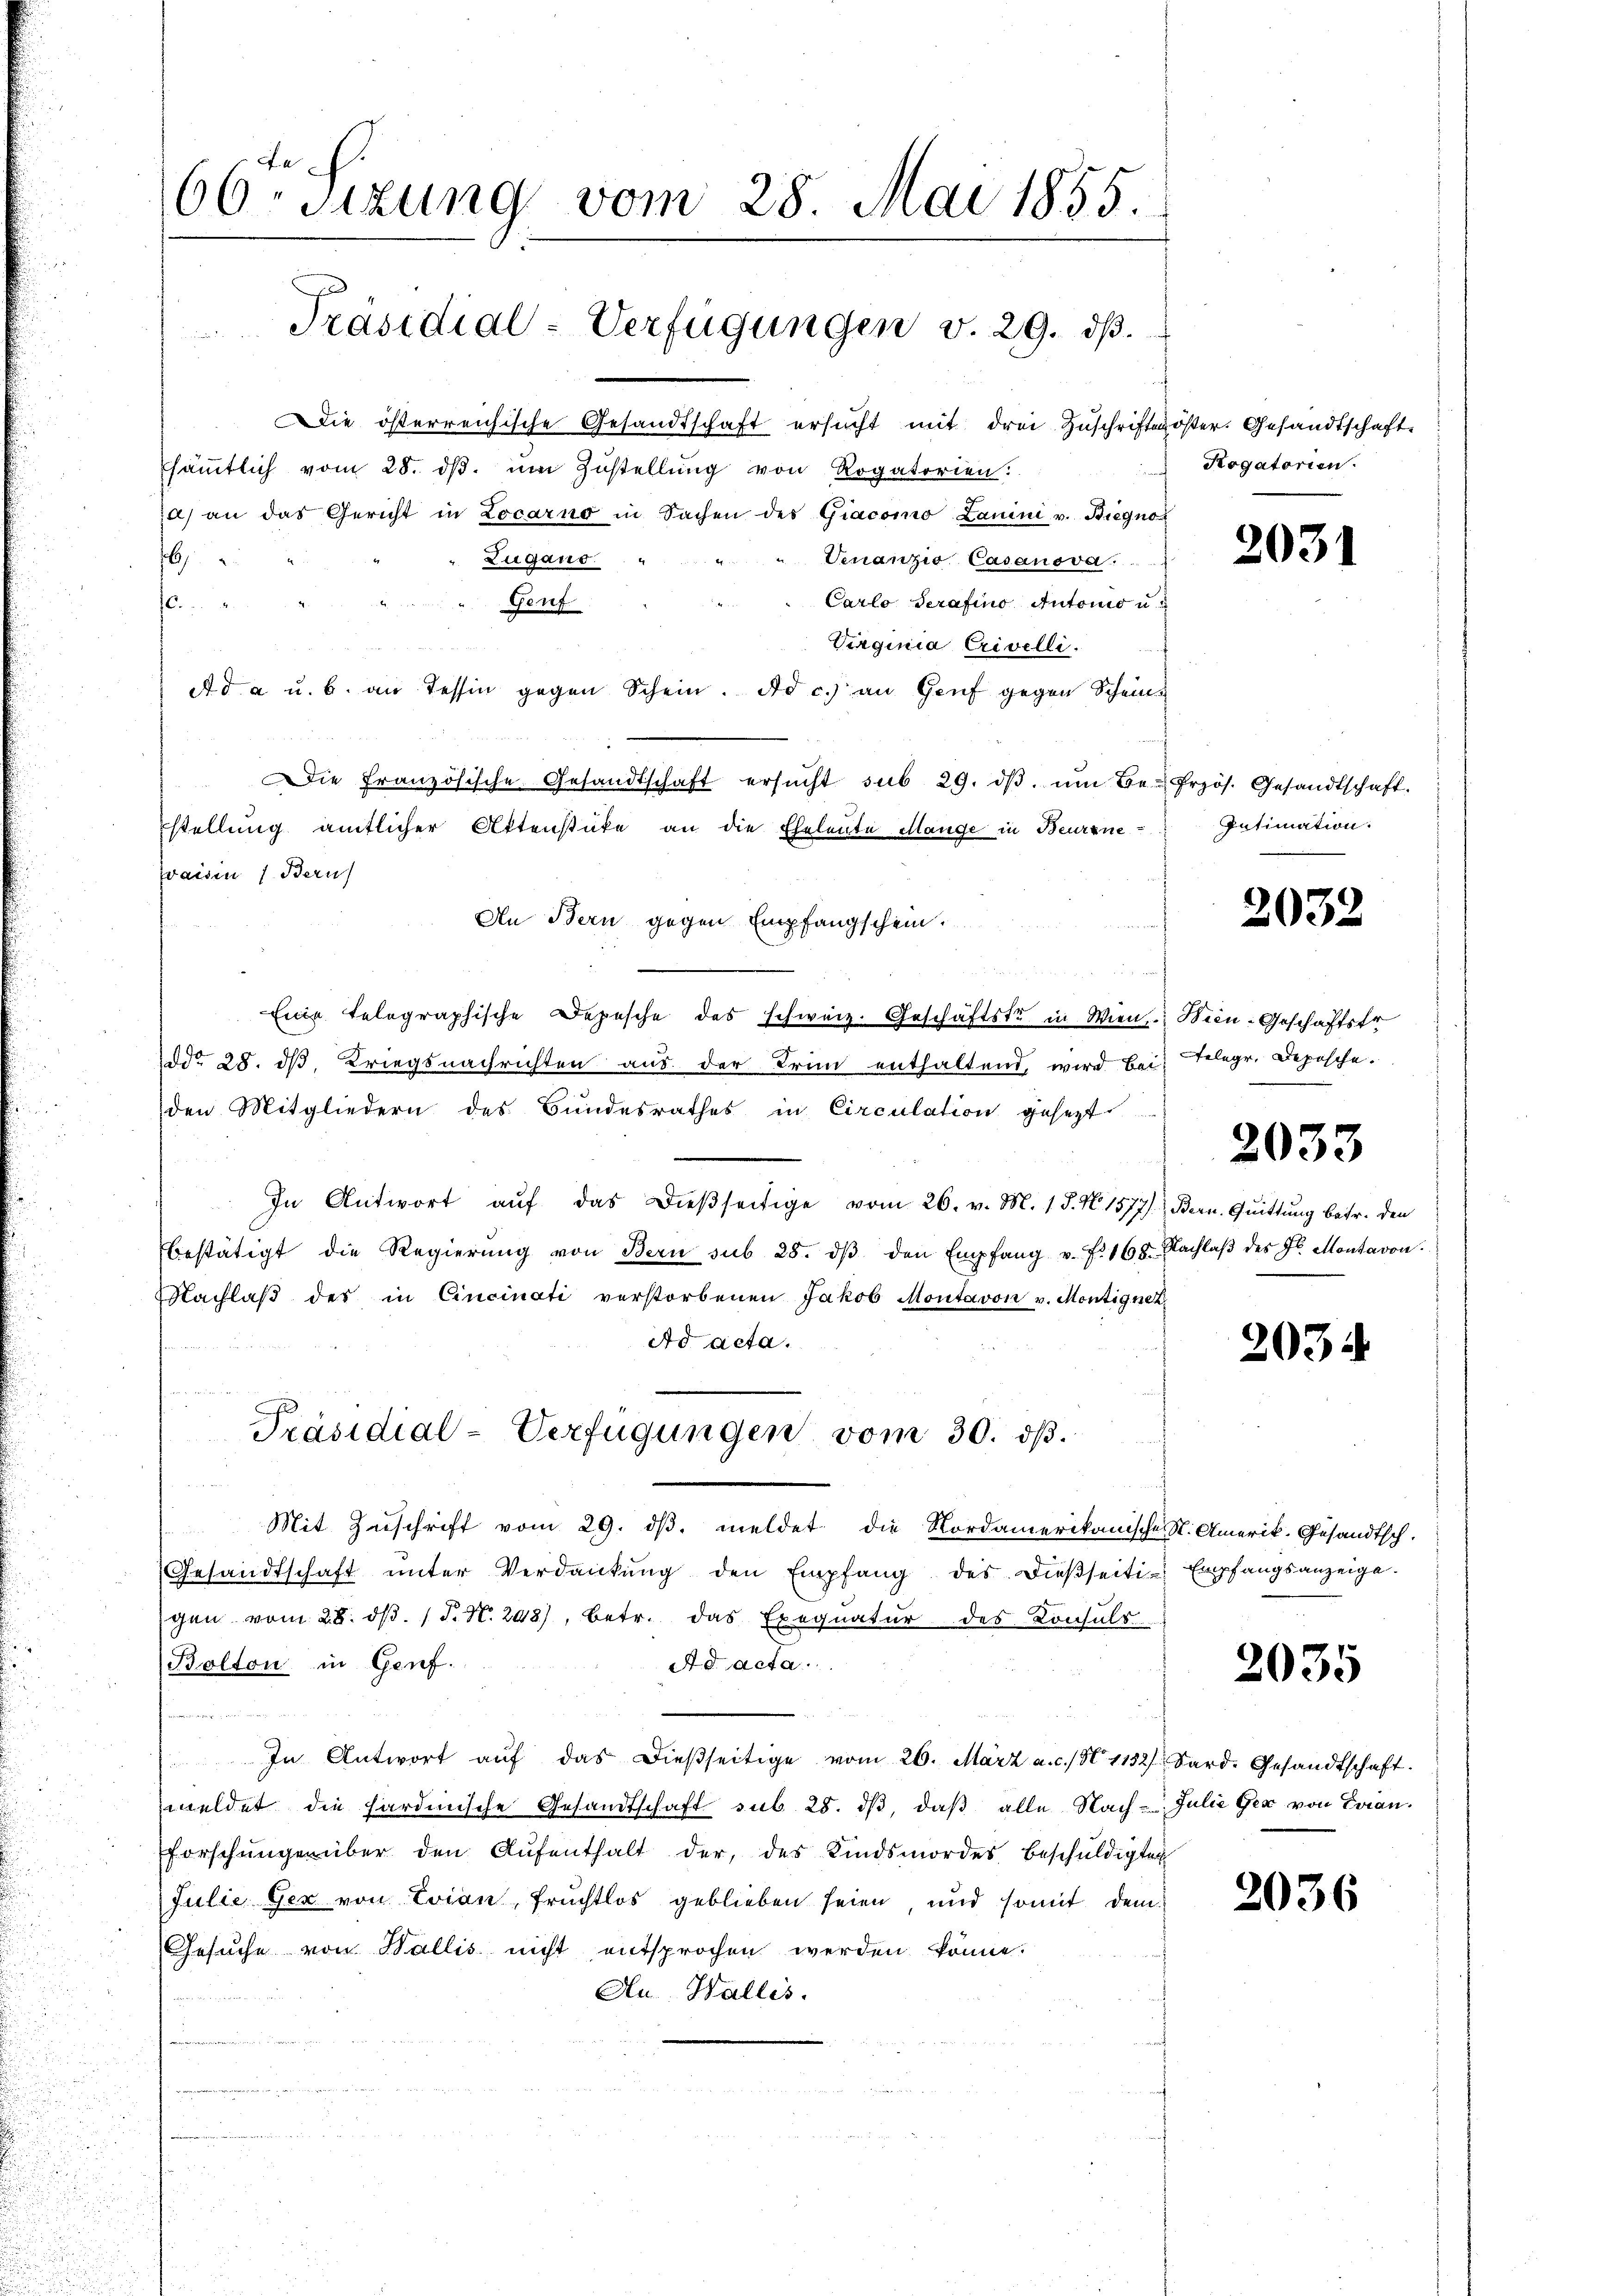
66ten Sizung vom 28. Mai 1855.
Präsidial-Verfügungen v. 29. dβ.

6

4
Zugano. "
Geuf

Die österreichische Gesandtschaft ersucht mit drei Zuschriften öster. Gesandtschafte
säṁtlich vom 28. dβ. ŭm Zŭstellŭng von Rogatorien:
7a) an das Gericht in Locarno in Sachen des Giacomo Lanini v. Biegno
Venanzio Casanova
Carlo derafino Autonio u. i
C.
Virginia Crivelli.
Ad a u. b. an Tessin gegen Schein. Ad c.) an Genf gegen Scheine
Die Französische Gesandtschaft ersŭcht sub 29. dβ ŭm Be- Przös. Gesandtschaft.
stellung amtlicher Aktenstüke an die Eheleute Mange in Beurrne¬
Jaisin (Bern
An Bern gegen Empfangschein
Eine telegraphische Depesche des schweiz. Geschäftste in Wien. Wien-Geschäftstr
ddo 28. dβ, Kriegsnachrichten aus der Trin enthaltend, wird bei Telegr. Deposche.
den Mitgliedern des Bundesrathes in Circulation gesezt.
In Antwort aŭf das dieβseitige vom 26. v. M. 18. N. 1577.) Bern. Quittung betr. den
Bestätigt die Regierŭng von Bern sub 28. dβ den Empfang v. f. 168. Nachlaβ des Fr. Montavon.
Nachlaβ des in Cincinati verstorbenen Jakob Montavon v. Montignet
Ad acta.
Präsidial-Verfügungen vom 30. ds.
Mit Zuschrift vom 29. dβ. meldet die Nordamerikanische St. Amerik. Gesandtsch.
Gesandtschaft ŭnter Verdankŭng den Empfang des dießseiti- Empfangsanzeige.
gen vom 28. d. 1 S. N. 248, betr. das Exequatur des Consuls
Ad acta
Bolton in Genf.
f anwendiger
In Antwort aŭf das dießseitige vom 26. März a. c. 1152 Sard. Gesandtschaft.
weldet die hardinische Gesandtschaft sub 28. dβ, daß alle Nach- Julie Gex von Franforschungen über den Aŭfenthalt der, des Kindsmordes beschuldigten
Julie Ger von Evian, Fruchtlos geblieben seien, und somit dem¬
Gesuche von Wallis nicht entsprochen werden könne.
Au Wallis.

Rogatorien.

203.

Intimation.

2032

2033

2034

2035

2036